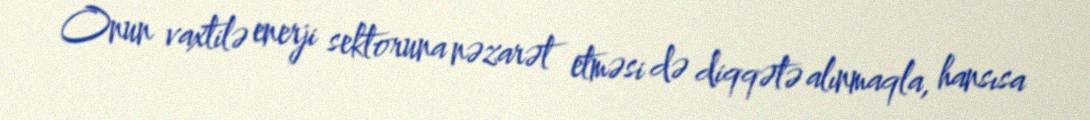
Onun vaxtilə enerji sektoruna nəzarət etməsi də diqqətə alınmaqla, hansısa